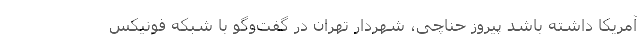
آمریکا داشته باشد پیروز حناچی، شهردار تهران در گفت‌وگو با شبکه فونیکس